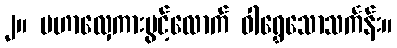
၂။ မဟာလှေကားပွင့်လောက် ဝါရွှေသောသင်္ကန်း။